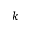
k